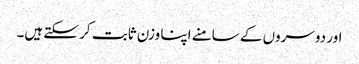
اور دوسروں کے سامنے اپنا وزن ثابت کر سکتے ہیں۔